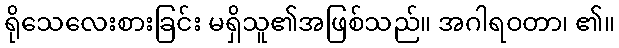
ရိုသေလေးစားခြင်း မရှိသူ၏အဖြစ်သည်။ အဂါရဝတာ၊ ၏။